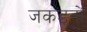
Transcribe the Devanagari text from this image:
जकड़नों